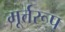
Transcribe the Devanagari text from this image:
मूर्त्तरूप